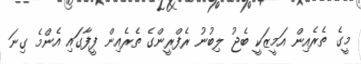
މީގެ ތެރެއިން އަމީޒަކީ ބެޖު ލިބުނު ރެފްރީންގެ ތެރެއިން ފީފާގައި އެންމެ ގިނަ